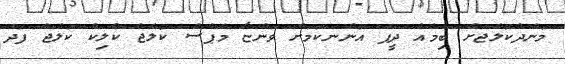
މަންދުކޮލެޖަށް ބިމެއް ދީފަ އޮންނަކަމަށް ވަންޏާ މެޕްްސް ކޮލެޖް ކްލިކް ކޮލެޖް ފަދަ